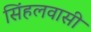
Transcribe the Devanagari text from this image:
सिंहलवासी